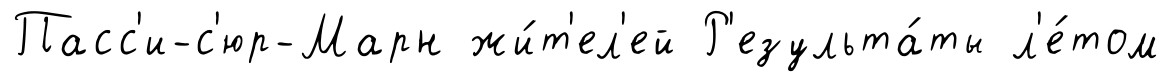
Пасс'и-с'юр-Марн жи́т'ел'ей Р'езульта́ты л'е́том